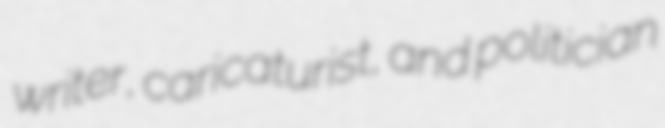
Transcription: writer, caricaturist, and politician